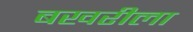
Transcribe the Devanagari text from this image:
बखरीला